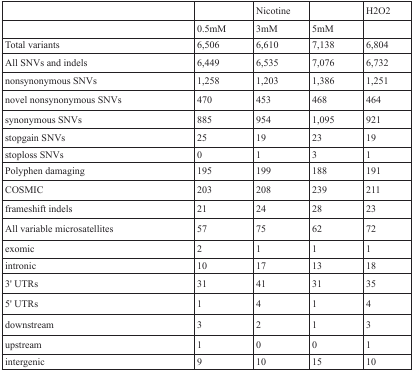
<table><thead><tr><td></td><td></td><td><b>Nicotine</b></td><td></td><td><b>H2O2</b></td></tr></thead><tbody><tr><td></td><td>0.5mM</td><td>3mM</td><td>5mM</td><td></td></tr><tr><td>Total variants</td><td>6,506</td><td>6,610</td><td>7,138</td><td>6,804</td></tr><tr><td>All SNVs and indels</td><td>6,449</td><td>6,535</td><td>7,076</td><td>6,732</td></tr><tr><td>nonsynonymous SNVs</td><td>1,258</td><td>1,203</td><td>1,386</td><td>1,251</td></tr><tr><td>novel nonsynonymous SNVs</td><td>470</td><td>453</td><td>468</td><td>464</td></tr><tr><td>synonymous SNVs</td><td>885</td><td>954</td><td>1,095</td><td>921</td></tr><tr><td>stopgain SNVs</td><td>25</td><td>19</td><td>23</td><td>19</td></tr><tr><td>stoploss SNVs</td><td>0</td><td>1</td><td>3</td><td>1</td></tr><tr><td>Polyphen damaging</td><td>195</td><td>199</td><td>188</td><td>191</td></tr><tr><td>COSMIC</td><td>203</td><td>208</td><td>239</td><td>211</td></tr><tr><td>frameshift indels</td><td>21</td><td>24</td><td>28</td><td>23</td></tr><tr><td>All variable microsatellites</td><td>57</td><td>75</td><td>62</td><td>72</td></tr><tr><td>exomic</td><td>2</td><td>1</td><td>1</td><td>1</td></tr><tr><td>intronic</td><td>10</td><td>17</td><td>13</td><td>18</td></tr><tr><td>3&#x27; UTRs</td><td>31</td><td>41</td><td>31</td><td>35</td></tr><tr><td>5&#x27; UTRs</td><td>1</td><td>4</td><td>1</td><td>4</td></tr><tr><td>downstream</td><td>3</td><td>2</td><td>1</td><td>3</td></tr><tr><td>upstream</td><td>1</td><td>0</td><td>0</td><td>1</td></tr><tr><td>intergenic</td><td>9</td><td>10</td><td>15</td><td>10</td></tr></tbody></table>